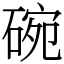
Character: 碗